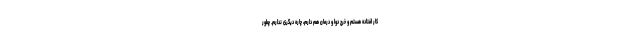
کار افتاده هستم و خرج دوا و درمان هم دارم، چاره دیگری ندارم. چطور